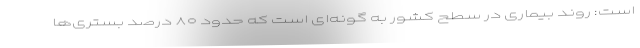
است: روند بیماری در سطح کشور به گونه‌ای است که حدود ۸۰ درصد بستری‌ها